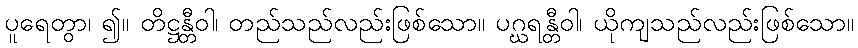
ပူရေတွာ၊ ၍။ တိဋ္ဌန္တီဝါ၊ တည်သည်လည်းဖြစ်သော။ ပဂ္ဃရန္တီဝါ၊ ယိုကျသည်လည်းဖြစ်သော။